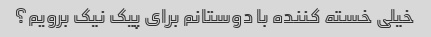
خیلی خسته کننده با دوستانم برای پیک نیک برویم؟